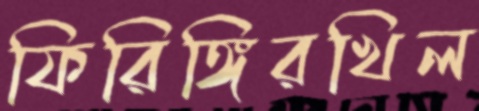
ফিরিঙ্গিরখিল